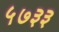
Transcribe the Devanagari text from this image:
५७३३